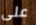
على